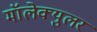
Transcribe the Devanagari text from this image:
मॉलेक्युलर